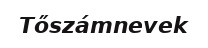
Tőszámnevek